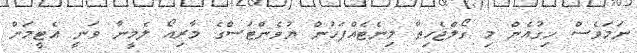
ނަމަވެސް ހިގުއެން މި ގޯލްޖެހިތާ މިނެޓެއްފަހުން ޔުވެންޓަސްގެ މާރިއޯ ލެމީނާ ވަނީ އެޓީމަށް